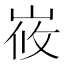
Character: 峳